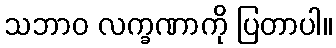
သဘာဝ လက္ခဏာကို ပြတာပါ။